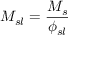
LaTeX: M _ { s l } = { \frac { M _ { s } } { \phi _ { s l } } }